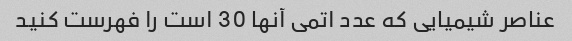
عناصر شیمیایی که عدد اتمی آنها 30 است را فهرست کنید